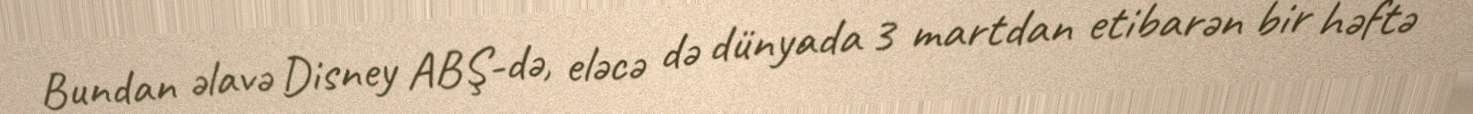
Bundan əlavə Disney ABŞ-də, eləcə də dünyada 3 martdan etibarən bir həftə